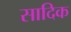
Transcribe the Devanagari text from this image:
सादिक